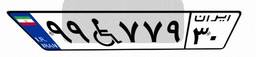
۹۹W۷۷۹۳۰